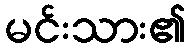
မင်းသား၏